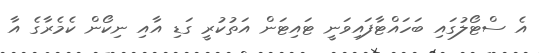
އެ ސްޓޯލުގައި ބަހައްޓާފައިވަނީ ޓައިޓަން އަތުކުރީ ގަޑި އާއި ނިކޯން ކެމެރާގެ އާ